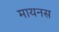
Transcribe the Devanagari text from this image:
मायनस